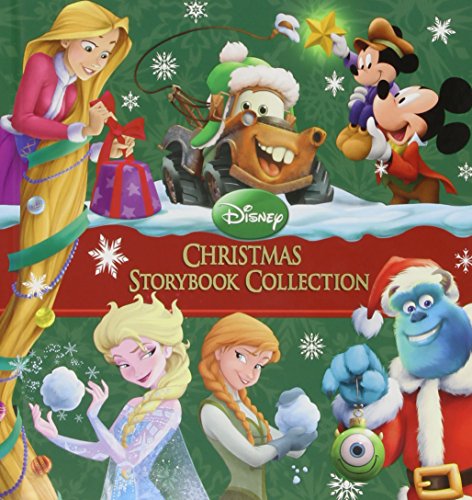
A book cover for Disney Christmas Storybook Collection; Elle D. Risco; Children's Books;